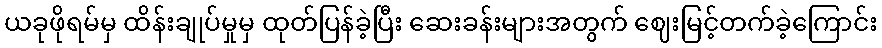
ယခုဖိုရမ်မှ ထိန်းချုပ်မှုမှ ထုတ်ပြန်ခဲ့ပြီး ဆေးခန်းများအတွက် ဈေးမြင့်တက်ခဲ့ကြောင်း